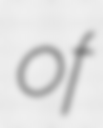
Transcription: of